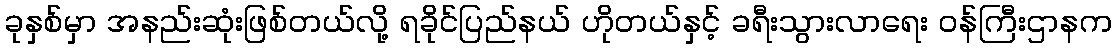
ခုနှစ်မှာ အနည်းဆုံးဖြစ်တယ်လို့ ရခိုင်ပြည်နယ် ဟိုတယ်နှင့် ခရီးသွားလာရေး ဝန်ကြီးဌာနက